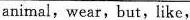
animal,wear,but,like,